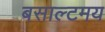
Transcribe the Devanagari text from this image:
बसाल्टमय